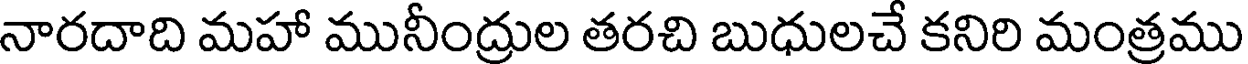
నారదాది మహా మునీంద్రుల తరచి బుధులచే కనిరి మంత్రము